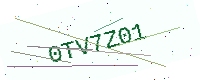
Text: 0TV7Z01